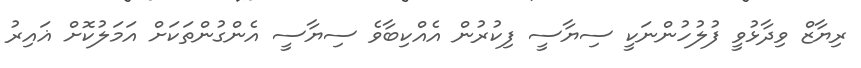
ރިޔާޒް ވިދާޅުވީ ފުލުހުންނަކީ ސިޔާސީ ފިކުރުން އެއްކިބާވެ ސިޔާސީ އެންގުންތަކަށް އަމަލުކޮށް ޣައިރު